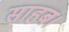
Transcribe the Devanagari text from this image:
साहब।